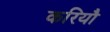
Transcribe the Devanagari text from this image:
करियौ